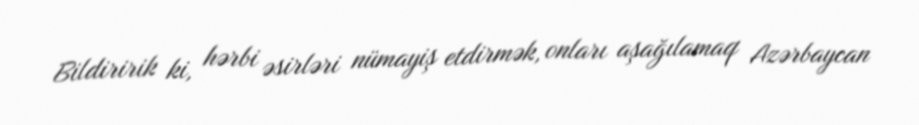
Bildiririk ki, hərbi əsirləri nümayiş etdirmək, onları aşağılamaq Azərbaycan